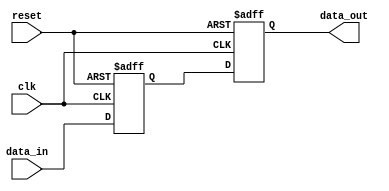
module behavioral_register (
    input wire clk,            // Clock signal
    input wire reset,          // Reset signal
    input wire [3:0] data_in,  // 4-bit input data
    output reg [3:0] data_out  // 4-bit output data
);

// Internal signal declaration
reg [3:0] internal_reg;

// Task definition
task update_register;
    input [3:0] new_data; // Parameter for new data
    begin
        // Non-blocking assignments to model concurrent behavior
        internal_reg <= new_data; // Update internal register
        data_out <= internal_reg;  // Update output with the internal register value
    end
endtask

// Always block to trigger the task on clock edge or reset
always @(posedge clk or posedge reset) begin
    if (reset) begin
        // On reset, clear the output and internal register
        internal_reg <= 4'b0000;
        data_out <= 4'b0000;
    end else begin
        // Call the task to update the register with input data
        update_register(data_in);
    end
end

endmodule